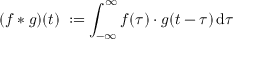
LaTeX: ( f * g ) ( t ) \; : = \int _ { - \infty } ^ { \infty } f ( \tau ) \cdot g ( t - \tau ) \, \mathrm { d } \tau